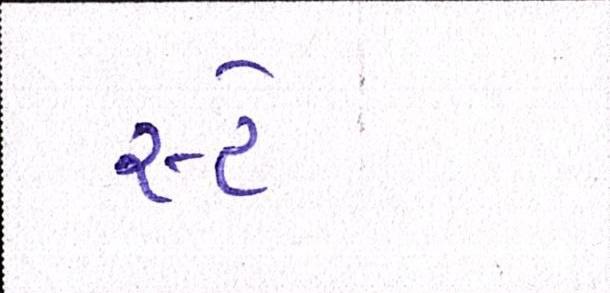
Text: સ્ટે